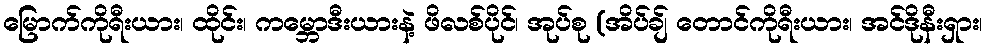
မြောက်ကိုရီးယား၊ ထိုင်း၊ ကမ္ဘောဒီးယားနဲ့ ဖိလစ်ပိုင်၊ အုပ်စု (အိပ်ချ် တောင်ကိုရီးယား၊ အင်ဒိုနီးရှား၊